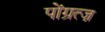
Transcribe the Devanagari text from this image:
पोंग्रत्ज़